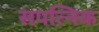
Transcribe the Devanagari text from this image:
सपत्निक